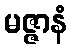
မဇ္ဇာနံ